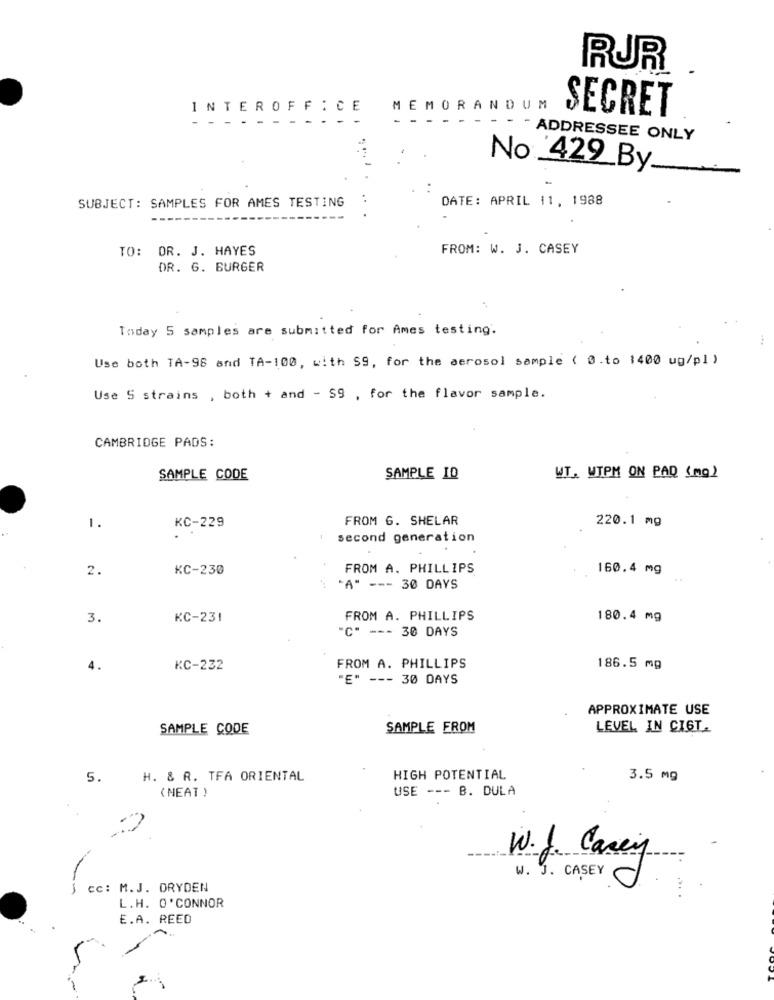
RUR
INTEROFFICE
RANDUM
SECRET
-
- ADDRESSEE ONLY
No _429_By __
SUBJECT: SAMPLES FOR AMES TESTING
DATE: APRIL 11, 1988
TO: DR. J. HAYES
FROM: W. J. CASEY
DR. G. BURGER
Today 5 samples are submitted for Ames testing.
Use both TA-98 and TA-100, with $9, for the aerosol sample ( 0.to 1400 ug/pl )
Use S strains , both + and - $9 , for the flavor sample.
CAMBRIDGE PADS:
SAMPLE CODE
SAMPLE ID
WT. WIPM ON PAD (mg)
FROM 6. SHELAR
220.1 mg
1.
KC-229
second generation
2.
KC-230
FROM A. PHILLIPS
160.4 mg
"A" --- 30 DAYS
3.
KC-231
FROM A. PHILLIPS
180.4 mg
"C" --- 30 DAYS
4.
KC-232
FROM A. PHILLIPS
186.5 mg
"E" --- 30 DAYS
APPROXIMATE USE
SAMPLE CODE
SAMPLE FROM
LEVEL IN CIGT.
5.
H. & R. TFA ORIENTAL
HIGH POTENTIAL
3.5 mg
( NEAT )
USE --- B. DULA
W.J. Casey
W. J. CASEY
cc: M. J. DRYDEN
L.H. O'CONNOR
E.A. REED